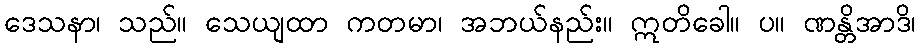
ဒေသနာ၊ သည်။ သေယျထာ ကတမာ၊ အဘယ်နည်း။ ဣတိခေါ။ ပ။ ဏန္တိအာဒိ၊